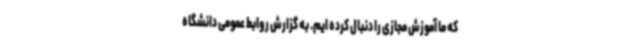
که ما آموزش مجازی را دنبال کرده ایم. به گزارش روابط عمومی دانشگاه